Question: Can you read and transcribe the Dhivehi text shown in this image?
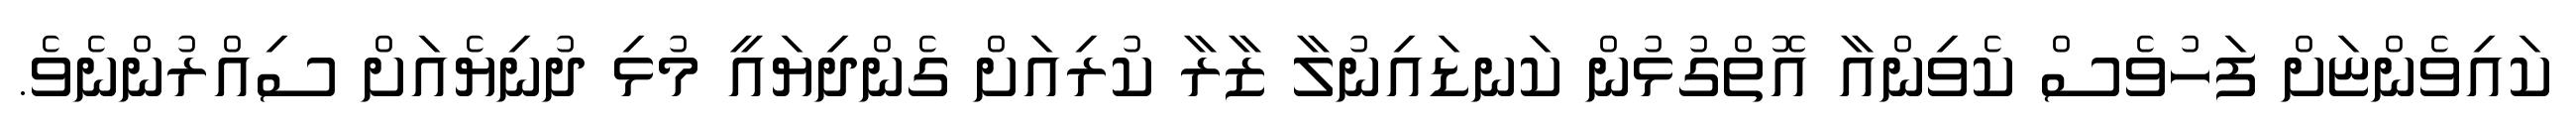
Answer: ކައިވެންޏަށް ފަހުވެސް ކެވިންއާ އޮތްގުޅުން ކަނޑައިނުލާ ޒާރާ ކުރިއަށް ގެންދިޔައީ މުޅި ދުނިޔެއަށް ސިއްރުންނެވެ.